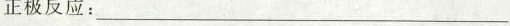
正极反应：___